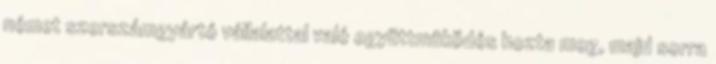
német szerszámgyártó vállalattal való együttmûködés hozta meg, majd sorra